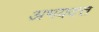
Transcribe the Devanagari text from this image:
अभयदत्त